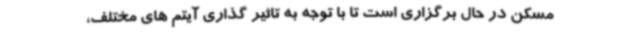
مسکن در حال برگزاری است تا با توجه به تاثیر گذاری آیتم های مختلف،